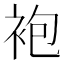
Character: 袍